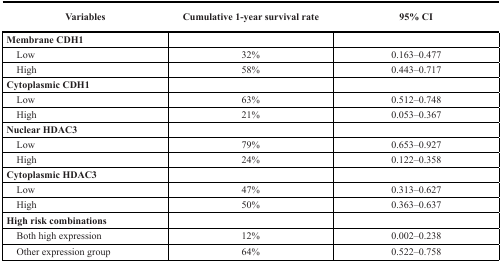
<table><thead><tr><td><b>Variables</b></td><td><b>Cumulative 1-year survival rate</b></td><td><b>95% CI</b></td></tr></thead><tbody><tr><td><b>Membrane CDH1</b></td><td></td><td></td></tr><tr><td> Low</td><td>32%</td><td>0.163–0.477</td></tr><tr><td> High</td><td>58%</td><td>0.443–0.717</td></tr><tr><td><b>Cytoplasmic CDH1</b></td><td></td><td></td></tr><tr><td> Low</td><td>63%</td><td>0.512–0.748</td></tr><tr><td> High</td><td>21%</td><td>0.053–0.367</td></tr><tr><td><b>Nuclear HDAC3</b></td><td></td><td></td></tr><tr><td> Low</td><td>79%</td><td>0.653–0.927</td></tr><tr><td> High</td><td>24%</td><td>0.122–0.358</td></tr><tr><td><b>Cytoplasmic HDAC3</b></td><td></td><td></td></tr><tr><td> Low</td><td>47%</td><td>0.313–0.627</td></tr><tr><td> High</td><td>50%</td><td>0.363–0.637</td></tr><tr><td><b>High risk combinations</b></td><td></td><td></td></tr><tr><td> Both high expression</td><td>12%</td><td>0.002–0.238</td></tr><tr><td> Other expression group</td><td>64%</td><td>0.522–0.758</td></tr></tbody></table>